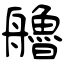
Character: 艪